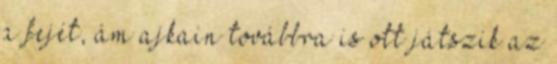
a fejét, ám ajkain továbbra is ott játszik az